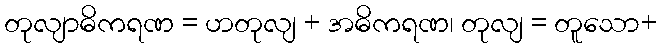
တုလျာဓိကရဏ = ဟတုလျ + အဓိကရဏ၊ တုလျ = တူသော+